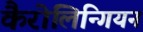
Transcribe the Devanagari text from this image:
कैरोलिन्गियन